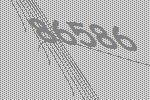
86586